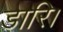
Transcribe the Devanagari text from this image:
डारि।